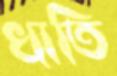
খাতি